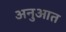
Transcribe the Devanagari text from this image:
अनुआत